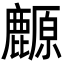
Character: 䴨